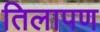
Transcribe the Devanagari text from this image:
तिलापण